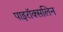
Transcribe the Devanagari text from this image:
पाइरॉक्सलिन